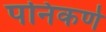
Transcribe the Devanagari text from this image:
पनिकर्ण